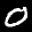
Label: 0